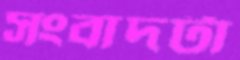
সংবাদটা